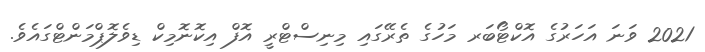
2021 ވަނަ އަހަރުގެ އޮކްޓޯބަރ މަހުގެ ތެރޭގައި މިނިސްޓްރީ އޮފް އިކޮނޮމިކް ޑިވެލޮޕްމަންޓްގައެވެ.